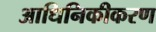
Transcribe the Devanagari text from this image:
आधिनिकीकरण